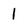
Character: l